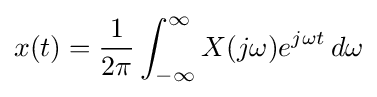
x(t)={\frac {1}{2\pi }}\int _{-\infty }^{\infty }X(j\omega )e^{j\omega t}\,d\omega